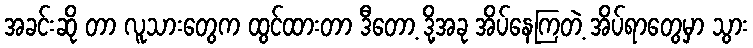
အခင်းဆို တာ လူသားတွေက ထွင်ထားတာ ဒီတော့ ဒို့အခု အိပ်နေကြတဲ့ အိပ်ရာတွေမှာ သွား